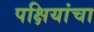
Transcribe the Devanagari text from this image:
पक्षियांचा